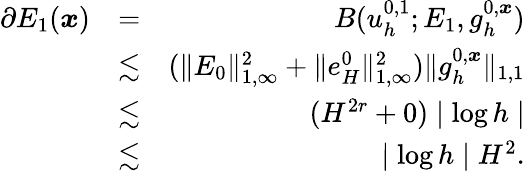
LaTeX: \begin{array}{rlr}{\partial E_{1}(\boldsymbol{x})}&{=}&{B(u_{h}^{0,1};E_{1},g_{h}^{0,\boldsymbol{x}})}\\ &{\lesssim}&{(\| E_{0}\| _{1,\infty}^{2}+\| e_{H}^{0}\| _{1,\infty}^{2})\| g_{h}^{0,\boldsymbol{x}}\| _{1,1}}\\ &{\lesssim}&{(H^{2r}+0)\mid\log h\mid}\\ &{\lesssim}&{\mid\log h\mid H^{2}.}\end{array}